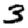
Digit: 3